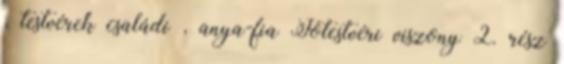
, testvérek családi , anya-fia Jótestvéri viszony 2. rész